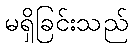
မရှိခြင်းသည်